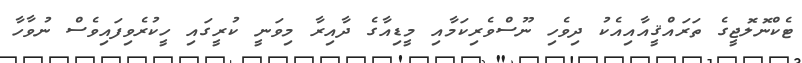
ޓެކްނޮލޮޖީގެ ތަރައްޤީއާއިއެކު ދިވެހި ނޫސްވެރިކަމާއި މީޑިއާގެ ދާއިރާ މިވަނީ ކުރީގައި ހީކުރެވިފައިވެސް ނުވާހާ